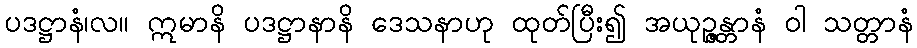
ပဒဋ္ဌာနံ၊လ။ ဣမာနိ ပဒဋ္ဌာနာနိ ဒေသနာဟု ထုတ်ပြီး၍ အယုဉ္ဇန္တာနံ ဝါ သတ္တာနံ